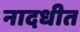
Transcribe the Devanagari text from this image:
नादधीत